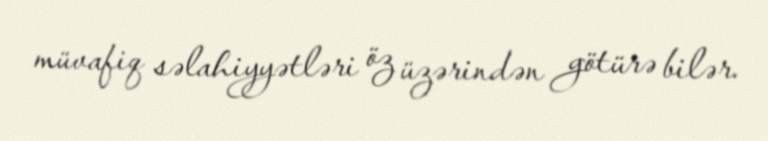
müvafiq səlahiyyətləri öz üzərindən götürə bilər.